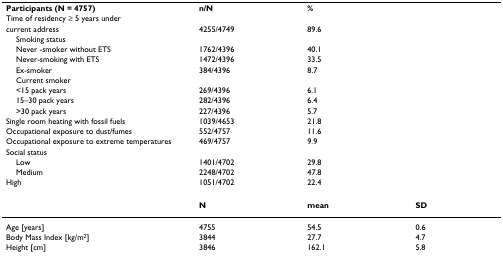
| Participants (N = 4757) | n/N | % |  |
 | Time of residency ≥ 5 years under |  |  |  |
 | current address | 4255/4749 | 89.6 |  |
 | Smoking status |  |  |  |
 | Never -smoker without ETS | 1762/4396 | 40.1 |  |
 | Never-smoking with ETS | 1472/4396 | 33.5 |  |
 | Ex-smoker | 384/4396 | 8.7 |  |
 | Current smoker |  |  |  |
 | <15 pack years | 269/4396 | 6.1 |  |
 | 15–30 pack years | 282/4396 | 6.4 |  |
 | >30 pack years | 227/4396 | 5.7 |  |
 | Single room heating with fossil fuels | 1039/4653 | 21.8 |  |
 | Occupational exposure to dust/fumes | 552/4757 | 11.6 |  |
 | Occupational exposure to extreme temperatures | 469/4757 | 9.9 |  |
 | Social status |  |  |  |
 | Low | 1401/4702 | 29.8 |  |
 | Medium | 2248/4702 | 47.8 |  |
 | High | 1051/4702 | 22.4 |  |
 | --- | --- | --- | --- |
 |  | N | mean | SD |
 | Age [years] | 4755 | 54.5 | 0.6 |
 | Body Mass Index [kg/m2] | 3844 | 27.7 | 4.7 |
 | Height [cm] | 3846 | 162.1 | 5.8 |